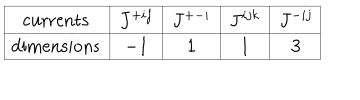
\begin{array} { | c | | c | c | c | c | } \hline { { \mathrm { c u r r e n t s } } } & { { J ^ { + i j } } } & { { J ^ { + - i } } } & { { J ^ { i j k } } } & { { J ^ { - i j } } } \\ \hline { { \hline \mathrm { d i m e n s i o n s } } } & { { - 1 } } & { { 1 } } & { { 1 } } & { { 3 } } \\ \hline { { } } \\ \end{array}